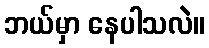
ဘယ်မှာ နေပါသလဲ။